Report on vaccination in Madras 1922-1929 - 1922-1929
Year: 1922
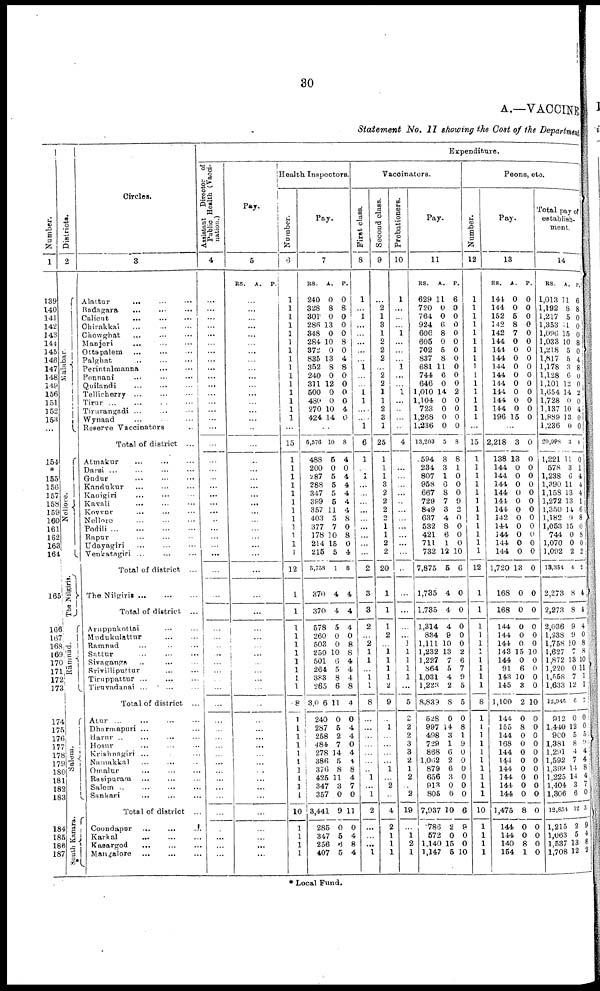
30
A.—VACCINE
Statement No. II showing the Cost of the Department
Number.
1
139
140
141
142
143
144
145
146
147
148
149
156
151
152
153
...
154
*
155
156
157
158
159
160
161
162
163
164
165
166
167
168
169
170
171
172
173
174
175
176
177
178
179
180
181
182
183
184
185
186
187
Districts.
2
Malabar.
Nellore.
The Nilgiris.
Rāmnad.
Salem.
South Kanara.
Circles.
3
Alattur ... ... ...
Badagara ... ... ...
Calicut
... ... ...
Chirakkal ... ... ...
Chowghat ... ... ...
Manjeri
... ... ...
Ottapalem ... ... ...
Palghat
...
...
...
Perintalmanna ... ...
Ponnani ... ... ...
Quilandi ... ... ...
Tellicherry
... ... ...
Tirur ... ... ... ...
Tirurangadi ... ... ...
Wynaad ... ... ...
Reserve Vaccinators ...
Total of district ...
Atmakur ... ... ...
Darsi ... ... ... ...
Gudur ... ... ...
Kandukur ... ... ...
Kanigiri ... ... ...
Kavali ... ... ...
Kovvur ... ... ...
Nellore ... ... ...
Podili
...
...
...
...
Rapur ... ... ...
Udayagiri ... ... ...
Venkatagiri ...
...
...
Total of district ...
The Nilgiris
...
...
...
Total of district ...
Aruppukottai ... ...
Mudukulattur ... ...
Ramnad ... ... ...
Sattur
...
...
...
Sivaganga ... ... ...
Srivilliputtur ... ...
Tiruppattur ... ... ...
Tiruvadanai ... ... ...
Total of district ...
Atur ... ... ... ...
Dharmapuri ... ... ...
Harur ... ... ... ...
Hosur ... ... ...
Krishnagiri ... ... ...
Namakkal ... ... ...
Omalur ... ... ...
Rasipuram ... ... ...
Salem ... ... ... ...
Sankari ... ... ...
Total of district ...
Coondapur ... ... ...
Karkal
...
...
...
Kasargod ... ... ...
Mangalore ... ... ...
Expenditure.
Assistant
Director of
Public Health (Vacci
nation.)
4
...
...
...
...
...
...
...
...
...
...
...
...
...
...
...
...
...
...
...
...
...
...
...
...
...
...
...
...
...
...
...
...
...
...
...
...
...
...
...
...
...
...
...
...
...
...
...
...
...
...
...
...
...
...
...
...
Pay.
5
RS.
A.
P.
...
...
...
...
...
...
...
...
...
...
...
...
...
...
...
...
...
...
...
...
...
...
...
...
...
...
...
...
...
...
...
...
...
...
...
...
...
...
...
...
...
...
...
...
...
...
...
...
...
...
...
...
...
...
...
...
Health
Inspectors.
Number.
6
1
1
1
1
1
1
1
1
1
1
1
1
1
1
1
...
15
1
1
1
1
1
1
1
1
1
1
1
1
12
1
1
1
1
1
1
1
1
1
1
8
1
1
1
1
1
1
1
1
1
1
10
1
1
1
1
Pay.
7
RS.
240
328
301
286
348
284
372
835
352
240
311
500
480
270
424
A.
0
8
0
13
0
10
0
13
8
0
12
0
0
10
14
P.
0
8
0
0
0
8
0
4
8
0
0
0
0
4
0
...
5,576
488
200
287
288
347
399
357
403
377
178
214
215
8,758
370
370
578
260
503
250
501
264
383
265
3,006
240
287
258
484
278
386
376
425
347
357
3,441
285
347
256
407
10
5
0
5
5
5
5
11
5
7
10
15
5
1
4
4
5
0
0
10
6
5
8
6
11
0
5
2
7
14
5
8
11
3
0
9
0
5
6
5
8
4
0
4
4
4
4
4
8
0
8
0
4
8
4
4
4
0
8
8
4
4
4
8
4
0
4
4
0
4
4
8
4
7
0
11
0
4
8
4
Vaccinators.
First class.
8
1
...
1
...
...
...
...
...
1
...
...
1
1
...
...
1
6
1
...
1
...
...
...
...
...
...
...
...
...
2
3
3
2
...
2
1
1
...
1
1
8
...
...
...
...
...
...
...
1
...
1
2
...
...
...
1
Second class.
9
...
2
1
3
1
2
2
2
...
2
2
1
1
2
3
1
25
1
1
1
3
2
2
2
2
1
1
2
2
20
1
1
1
2
...
1
1
1
1
2
9
...
1
...
...
...
...
1
...
2
...
4
2
1
1
1
Probationers.
10
1
...
...
...
1
...
...
...
1
...
...
1
...
...
...
...
4
...
...
...
...
...
...
...
...
...
...
...
...
...
...
...
...
...
1
1
1
1
1
...
5
2
2
2
3
3
2
1
2
...
2
19
...
1
2
1
Pay.
11
RS.
629
720
764
924
606
605
702
837
681
744
646
1,010
1,104
723
1,268
1,236
13,203
594
234
807
958
667
729
849
637
532
421
711
732
7,875
1,735
1,735
1,314
834
1,111
1,232
1,227
864
1,031
1,223
8,839
528
997
498
729
868
1,062
879
656
913
805
7,937
786
572
1,140
1,147
A.
11
0
0
6
8
0
5
8
11
6
0
14
0
0
0
0
5
8
3
1
6
8
7
3
4
8
6
1
12
5
4
4
4
9
10
13
7
5
4
2
8
0
14
3
1
6
2
6
3
0
6
10
2
0
15
5
P.
6
0
0
0
0
0
0
0
0
0
0
2
0
0
0
0
8
8
1
0
0
0
9
2
0
0
0
0
10
6
0
0
0
0
0
2
6
7
9
5
5
0
8
1
9
0
0
0
0
0
0
6
9
0
0
10
Peons, etc.
Number.
12
1
1
1
1
1
1
1
1
1
1
1
1
1
1
1
...
15
1
1
1
1
1
1
1
1
1
1
1
1
12
1
1
1
1
1
1
1
1
1
1
8
1
1
1
1
1
1
1
1
1
1
10
1
1
1
1
Pay.
13
RS.
144
144
152
242
142
144
144
144
144
144
144
144
144
144
196
A.
0
0
5
8
7
0
0
0
0
0
0
0
0
0
15
P.
0
0
0
0
0
0
0
0
0
0
0
0
0
0
0
...
2,218
138
144
144
144
144
144
144
142
144
144
144
144
1,720
168
168
144
144
144
143
144
91
143
145
1,100
144
155
144
168
144
144
144
144
144
144
1,475
144
144
140
154
3
13
0
0
0
0
0
0
0
0
0
0
0
13
0
0
0
0
0
15
0
6
10
3
2
0
8
0
0
0
0
0
0
0
0
8
0
0
8
1
0
0
0
0
0
0
0
0
0
0
0
0
0
0
0
0
0
0
0
10
0
0
0
0
10
0
0
0
0
0
0
0
0
0
0
0
0
0
0
0
Total pay of
establish
ment.
14
RS.
1,013
1,192
1,217
1,353
1,096
1,033
1,218
1,817
1,178
1,128
1,101
1,654
1,728
1,137
1,889
1,236
20,998
1,221
578
1,238
1,390
1,158
1,272
1,350
1,182
1,053
744
1,070
1,092
13,354
2,273
2,273
2,036
1,238
1,758
1,627
1,872
1,220
1,558
1,633
12,946
912
1,440
900
1,381
1,291
1,592
1,399
1,225
1,404
1,306
12,854
1,215
1,063
1,537
1,708
A
11
8
5
11
15
10
5
5
3
6
12
14
0
10
13
0
3
11
3
6
11
13
13
14
9
15
0
0
2
4
8
8
9
9
10
7
13
0
7
12
6
0
12
5
8
4
7
14
14
3
6
12
2
5
13
12
P.
6
8
0
0
0
8
0
4
8
0
0
2
0
4
0
0
4
0
1
4
4
4
1
6
8
0
8
0
2
2
4
4
4
0
8
8
10
11
1
1
7
0
0
5
9
4
4
8
4
7
0
5
9
4
8
2
* Local Fund.